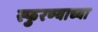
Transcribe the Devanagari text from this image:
स्फुरण्याच्या